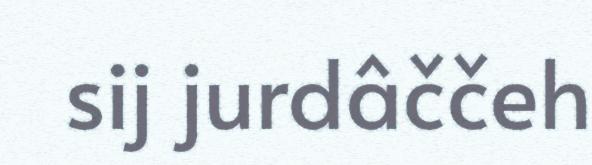
sij jurdâččeh